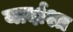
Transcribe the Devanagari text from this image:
यार्दाश्त